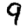
Digit: 9